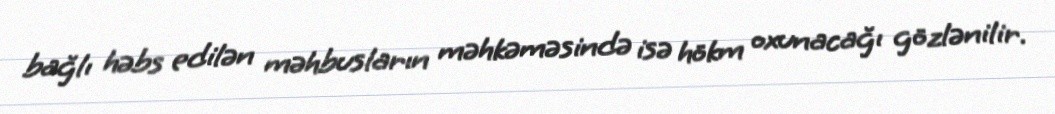
bağlı həbs edilən məhbusların məhkəməsində isə hökm oxunacağı gözlənilir.